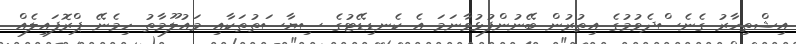
އިޝްތިހާރު ގެނެސްދެވުމުގެ އިތުރުން ބޭނުންފުޅުވާނަމަ އެ ކެނޑިޑޭޓުގެ ސިޔާސަތުތަކާއި މައުލޫމާތު ހިމެނޭ ޕްރޮފައިލެއް